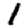
Digit: 1